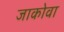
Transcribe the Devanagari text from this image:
जाकोवा